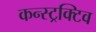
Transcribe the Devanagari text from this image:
कन्स्ट्रक्टिव